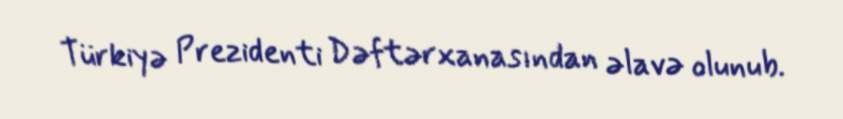
Türkiyə Prezidenti Dəftərxanasından əlavə olunub.